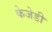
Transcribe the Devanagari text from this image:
केजेडी